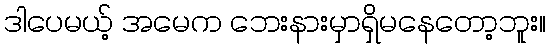
ဒါပေမယ့် အမေက ဘေးနားမှာရှိမနေတော့ဘူး။